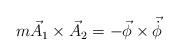
LaTeX: \begin{align*}m \vec{A}_{1}\times\vec{A}_{2}=-\vec{\phi}\times\vec{\dot{\phi}}\end{align*}